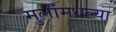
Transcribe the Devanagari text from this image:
मुलांमधल्या